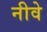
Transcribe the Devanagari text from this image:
नीवे